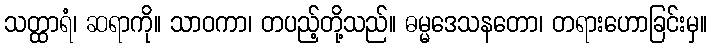
သတ္ထာရံ၊ ဆရာကို။ သာဝကာ၊ တပည့်တို့သည်။ ဓမ္မဒေသနတော၊ တရားဟောခြင်းမှ။